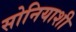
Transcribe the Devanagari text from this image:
सोनियाशी